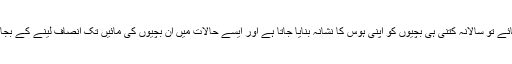
اگر حقیقت کا جائزہ لیا جائے تو سالانہ کتنی ہی بچیوں کو اپنی ہوس کا نشانہ بنایا جاتا ہے اور ایسے حالات میں ان بچیوں کی مائیں تک انصاف لینے کے بجائے پیچھے ہٹ جاتی ہیں۔